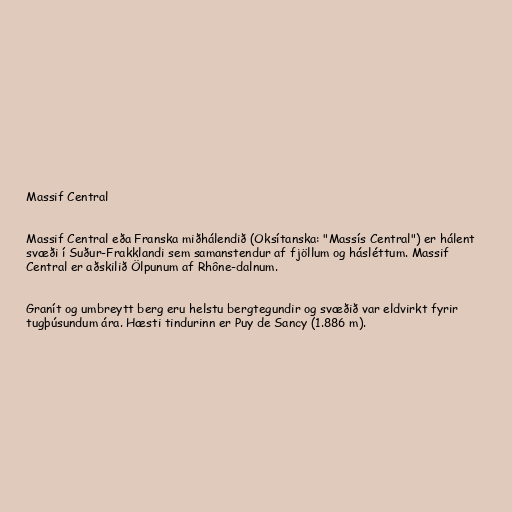
Massif Central

Massif Central eða Franska miðhálendið (Oksítanska: "Massís Central") er hálent
svæði í Suður-Frakklandi sem samanstendur af fjöllum og hásléttum. Massif
Central er aðskilið Ölpunum af Rhône-dalnum.

Granít og umbreytt berg eru helstu bergtegundir og svæðið var eldvirkt fyrir
tugþúsundum ára. Hæsti tindurinn er Puy de Sancy (1.886 m).